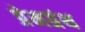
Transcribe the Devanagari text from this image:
प्रेमग्रंथ